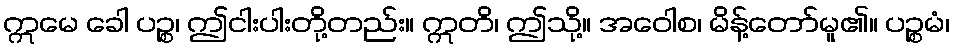
ဣမေ ခေါ ပဉ္စ၊ ဤငါးပါးတို့တည်း။ ဣတိ၊ ဤသို့။ အဝေါစ၊ မိန့်တော်မူ၏။ ပဉ္စမံ၊